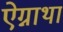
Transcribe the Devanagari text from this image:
ऐग्नाथा